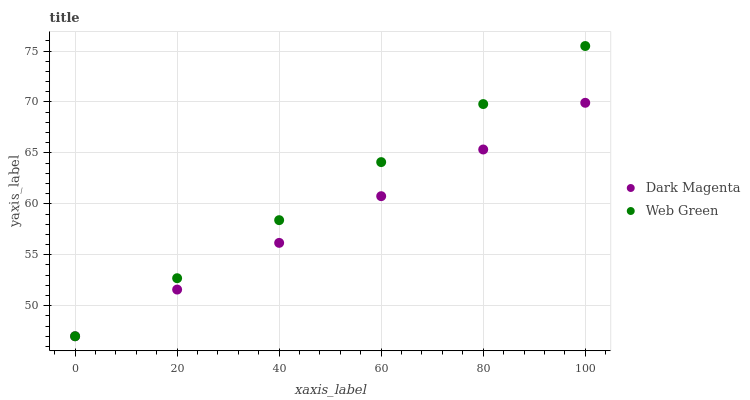
| xaxis_label | Dark Magenta | Web Green |
 | --- | --- | --- |
 | 0 | 47 | 47 |
 | 20 | 51.6 | 52.7 |
 | 40 | 56.2 | 58.4 |
 | 60 | 60.8 | 64.1 |
 | 80 | 65.3 | 69.8 |
 | 100 | 69.9 | 75.5 |